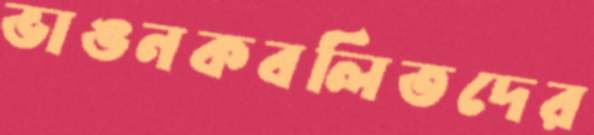
ভাঙনকবলিতদের